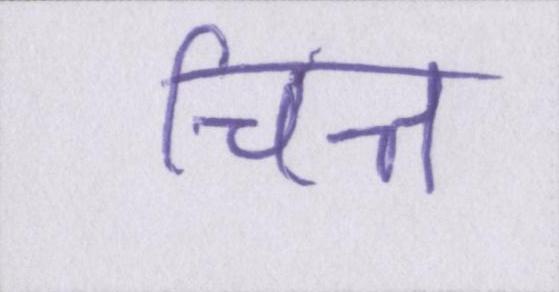
चित्त